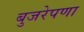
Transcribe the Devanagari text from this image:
बुजरेपणा